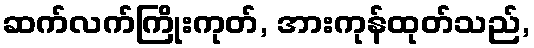
ဆက်လက်ကြိုးကုတ်, အားကုန်ထုတ်သည်,